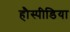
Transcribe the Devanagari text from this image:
हौस्पीडिया